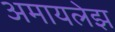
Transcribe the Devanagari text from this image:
अमायलेझ